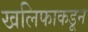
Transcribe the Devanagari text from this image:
खलिफाकडून